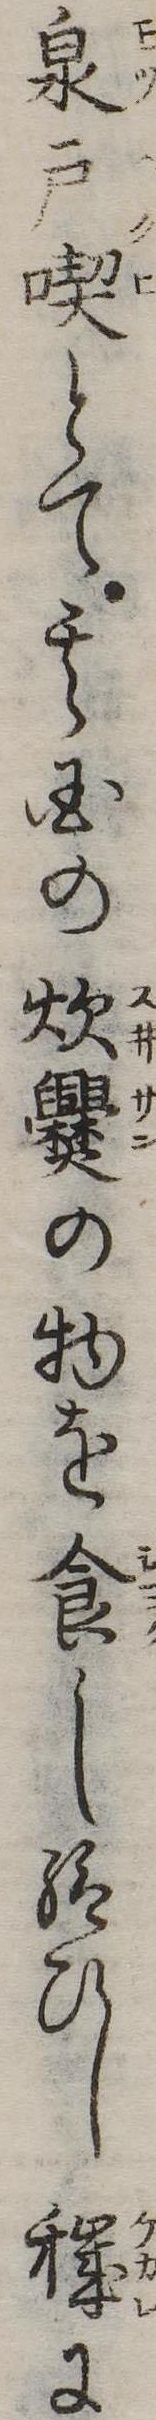
泉戸喫とて其国の炊爨の物を食し給ひし穢に